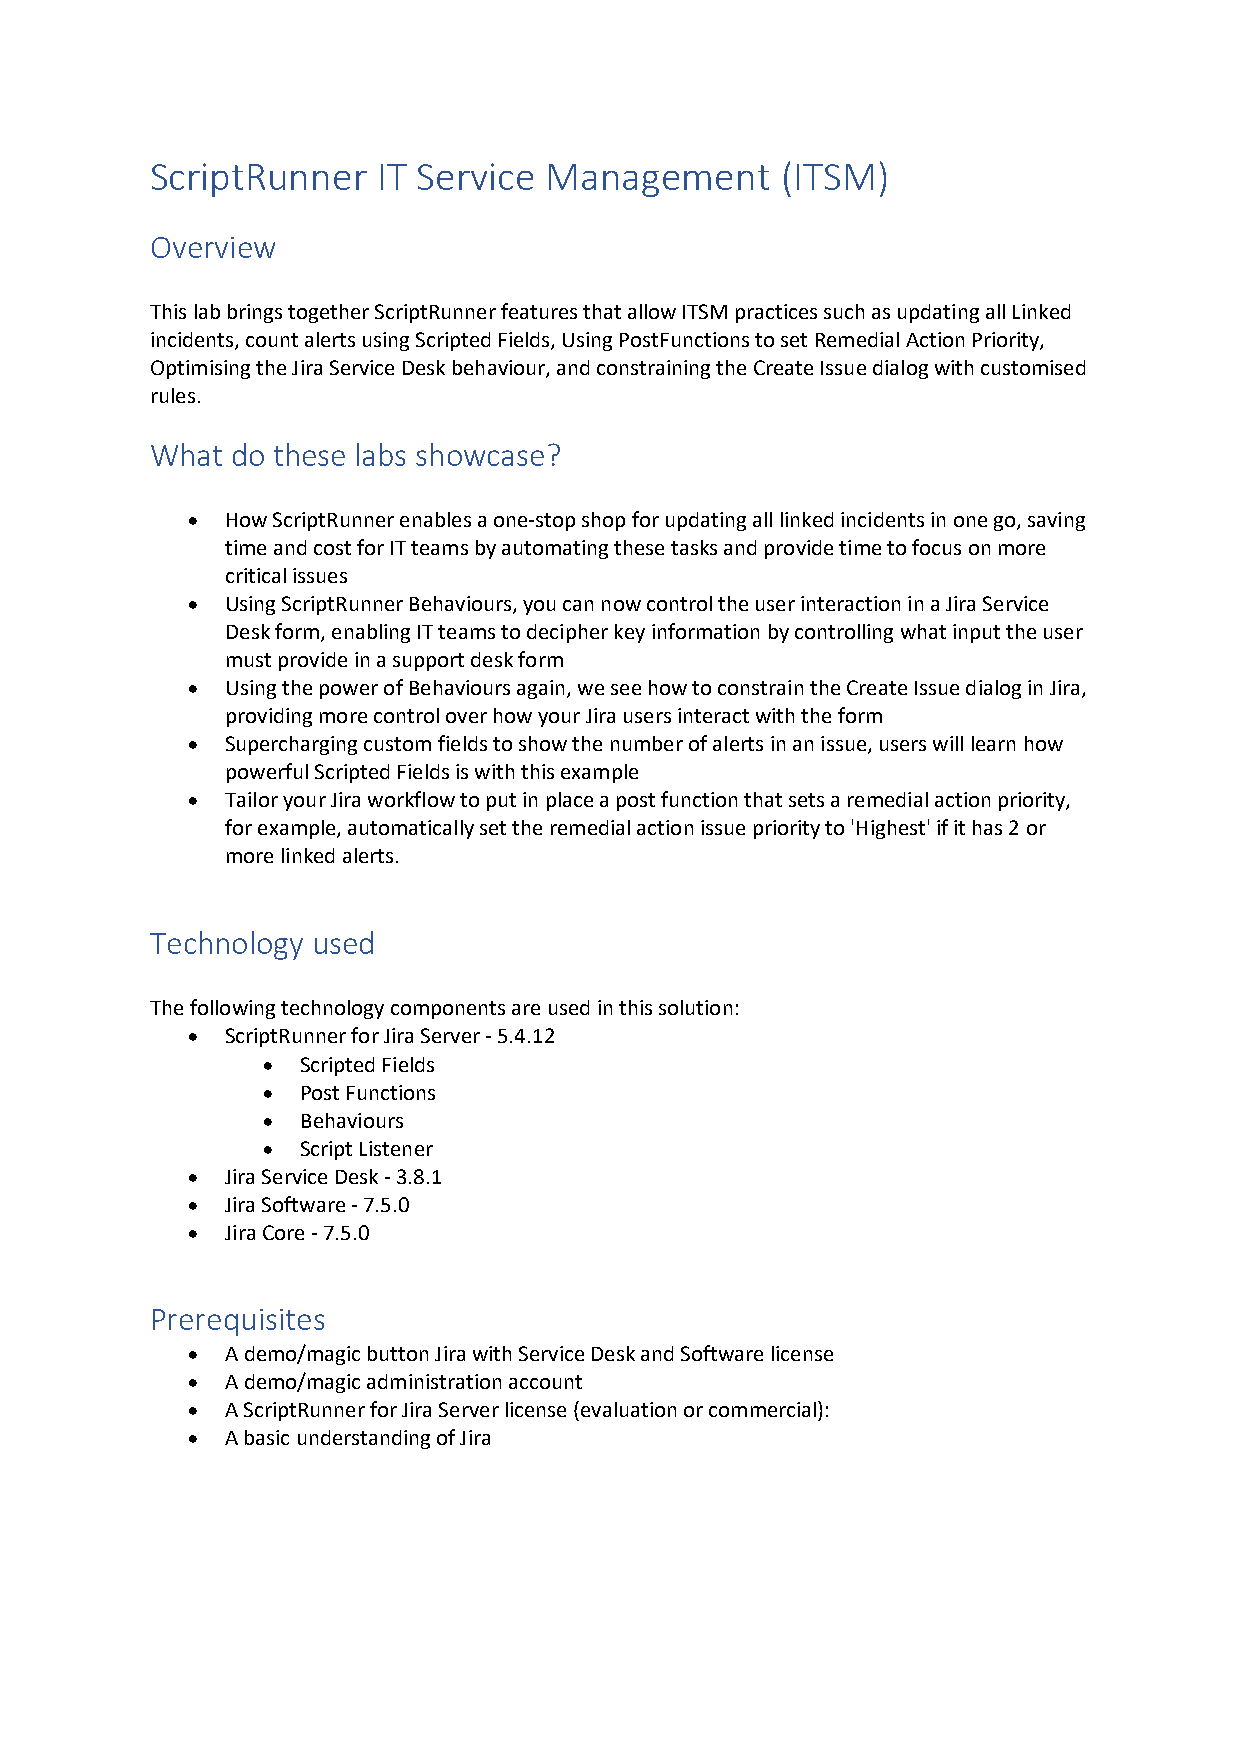
ScriptRunner   IT Service Management      (ITSM)
 Overview
 This lab brings together ScriptRunner features that allow ITSM practices such as updating all Linked
 incidents, count alerts using Scripted Fields, Using PostFunctions to set Remedial Action Priority,
 Optimising the Jira Service Desk behaviour, and constraining the Create Issue dialog with customised
 rules.
 What do these labs showcase?
 •  How ScriptRunner enables a one-stop shop for updating all linked incidents in one go, saving
 time and cost for IT teams by automating these tasks and provide time to focus on more
 critical issues
 •  Using ScriptRunner Behaviours, you can now control the user interaction in a Jira Service
 Desk form, enabling IT teams to decipher key information by controlling what input the user
 must provide in a support desk form
 •  Using the power of Behaviours again, we see how to constrain the Create Issue dialog in Jira,
 providing more control over how your Jira users interact with the form
 •  Supercharging custom fields to show the number of alerts in an issue, users will learn how
 powerful Scripted Fields is with this example
 •  Tailor your Jira workflow to put in place a post function that sets a remedial action priority,
 for example, automatically set the remedial action issue priority to 'Highest' if it has 2 or
 more linked alerts.
 Technology used
 The following technology components are used in this solution:
 •  ScriptRunner for Jira Server - 5.4.12
 •  Scripted Fields
 •  Post Functions
 •  Behaviours
 •  Script Listener
 •  Jira Service Desk - 3.8.1
 •  Jira Software - 7.5.0
 •  Jira Core - 7.5.0
 Prerequisites
 •  A demo/magic button Jira with Service Desk and Software license
 •  A demo/magic administration account
 •  A ScriptRunner for Jira Server license (evaluation or commercial):
 •  A basic understanding of Jira